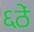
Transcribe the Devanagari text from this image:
६ठें